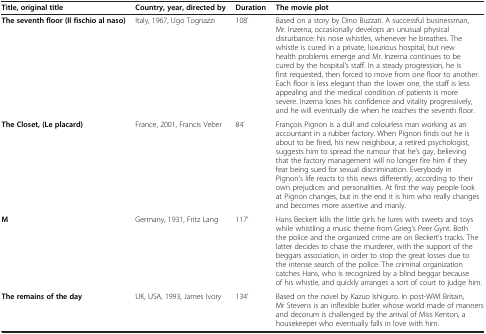
<table><thead><tr><td><b>Title, original title</b></td><td><b>Country, year, directed by</b></td><td><b>Duration</b></td><td><b>The movie plot</b></td></tr></thead><tbody><tr><td><b>The seventh floor (Il fischio al naso)</b></td><td>Italy, 1967, Ugo Tognazzi</td><td>108’</td><td>Based on a story by Dino Buzzati. A successful businessman, Mr. Inzerna, occasionally develops an unusual physical disturbance: his nose whistles, whenever he breathes. The whistle is cured in a private, luxurious hospital, but new health problems emerge and Mr. Inzerna continues to be cured by the hospital’s staff. In a steady progression, he is first requested, then forced to move from one floor to another. Each floor is less elegant than the lower one, the staff is less appealing and the medical condition of patients is more severe. Inzerna loses his confidence and vitality progressively, and he will eventually die when he reaches the seventh floor.</td></tr><tr><td><b>The Closet, (Le placard)</b></td><td>France, 2001, Francis Veber</td><td>84’</td><td>François Pignon is a dull and colourless man working as an accountant in a rubber factory. When Pignon finds out he is about to be fired, his new neighbour, a retired psychologist, suggests him to spread the rumour that he’s gay, believing that the factory management will no longer fire him if they fear being sued for sexual discrimination. Everybody in Pignon’s life reacts to this news differently, according to their own prejudices and personalities. At first the way people look at Pignon changes, but in the end it is him who really changes and becomes more assertive and manly.</td></tr><tr><td><b>M</b></td><td>Germany, 1931, Fritz Lang</td><td>117’</td><td>Hans Beckert kills the little girls he lures with sweets and toys while whistling a music theme from Grieg’s Peer Gynt. Both the police and the organized crime are on Beckert’s tracks. The latter decides to chase the murderer, with the support of the beggars association, in order to stop the great losses due to the intense search of the police. The criminal organization catches Hans, who is recognized by a blind beggar because of his whistle, and quickly arranges a sort of court to judge him.</td></tr><tr><td><b>The remains of the day</b></td><td>UK, USA, 1993, James Ivory</td><td>134’</td><td>Based on the novel by Kazuo Ishiguro. In post-WWI Britain, Mr Stevens is an inflexible butler whose world made of manners and decorum is challenged by the arrival of Miss Kenton, a housekeeper who eventually falls in love with him.</td></tr></tbody></table>